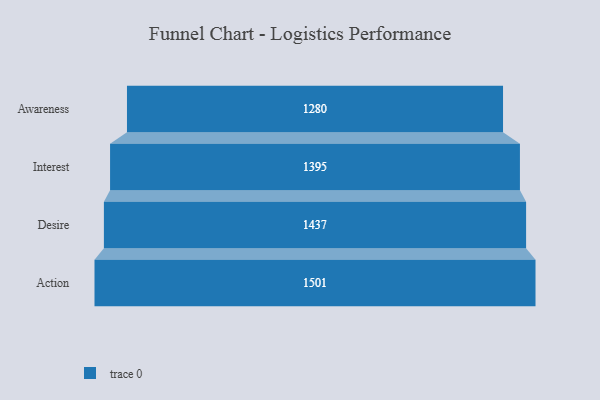
{"axis": {"x": "Stage", "y": "Value"}, "legend": [""], "data": [{"x": "Awareness", "y": 1280.0, "type": ""}, {"x": "Interest", "y": 1395.0, "type": ""}, {"x": "Desire", "y": 1437.0, "type": ""}, {"x": "Action", "y": 1501.0, "type": ""}]}